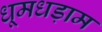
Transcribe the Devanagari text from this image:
धूमधड़ाम